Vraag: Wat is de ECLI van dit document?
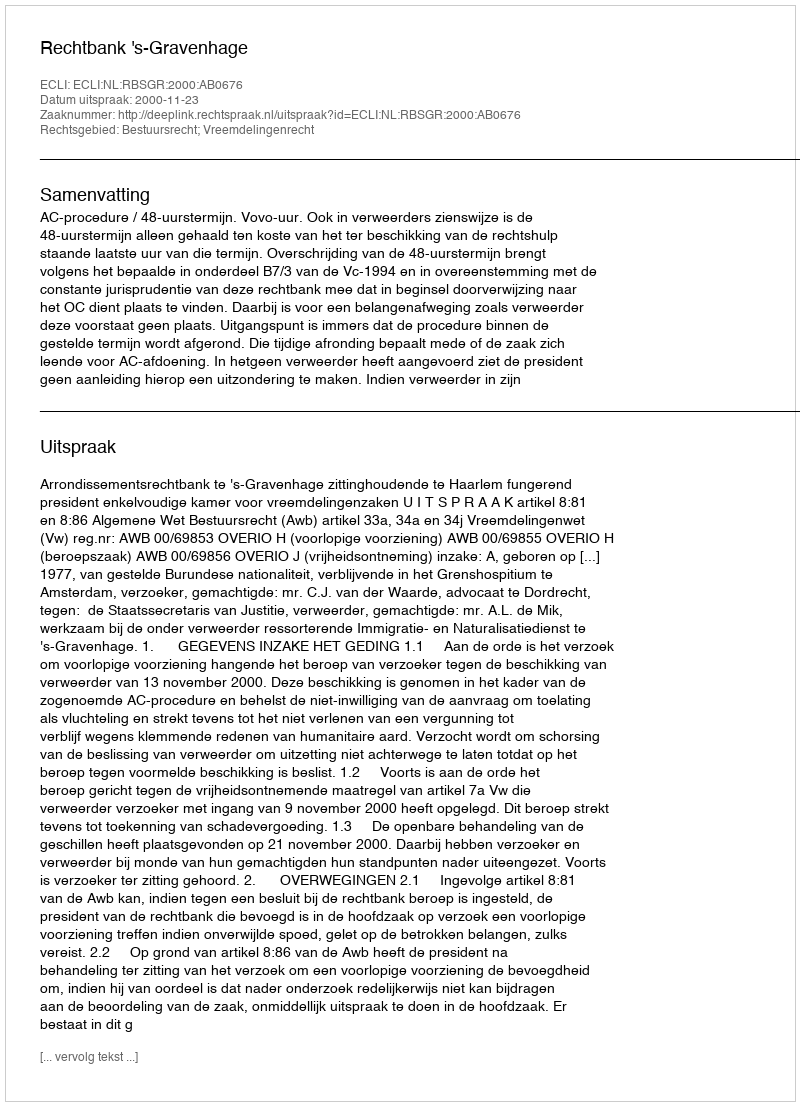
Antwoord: ECLI:NL:RBSGR:2000:AB0676